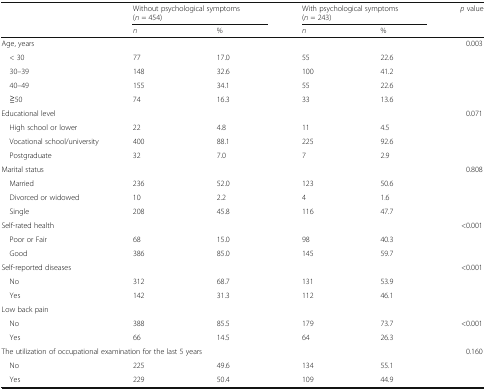
<table><thead><tr><td></td><td colspan="2"><b>Without psychological symptoms(<i>n</i> = 454)</b></td><td colspan="2"><b>With psychological symptoms(<i>n</i> = 243)</b></td><td><b><i>p</i> value</b></td></tr><tr><td></td><td><b><i>n</i></b></td><td><b>%</b></td><td><b><i>n</i></b></td><td><b>%</b></td><td></td></tr></thead><tbody><tr><td colspan="5">Age, years</td><td>0.003</td></tr><tr><td> &lt; 30</td><td>77</td><td>17.0</td><td>55</td><td>22.6</td><td></td></tr><tr><td> 30–39</td><td>148</td><td>32.6</td><td>100</td><td>41.2</td><td></td></tr><tr><td> 40–49</td><td>155</td><td>34.1</td><td>55</td><td>22.6</td><td></td></tr><tr><td> ≧50</td><td>74</td><td>16.3</td><td>33</td><td>13.6</td><td></td></tr><tr><td colspan="5">Educational level</td><td>0.071</td></tr><tr><td> High school or lower</td><td>22</td><td>4.8</td><td>11</td><td>4.5</td><td></td></tr><tr><td> Vocational school/university</td><td>400</td><td>88.1</td><td>225</td><td>92.6</td><td></td></tr><tr><td> Postgraduate</td><td>32</td><td>7.0</td><td>7</td><td>2.9</td><td></td></tr><tr><td colspan="5">Marital status</td><td>0.808</td></tr><tr><td> Married</td><td>236</td><td>52.0</td><td>123</td><td>50.6</td><td></td></tr><tr><td> Divorced or widowed</td><td>10</td><td>2.2</td><td>4</td><td>1.6</td><td></td></tr><tr><td> Single</td><td>208</td><td>45.8</td><td>116</td><td>47.7</td><td></td></tr><tr><td colspan="5">Self-rated health</td><td>&lt;0.001</td></tr><tr><td> Poor or Fair</td><td>68</td><td>15.0</td><td>98</td><td>40.3</td><td></td></tr><tr><td> Good</td><td>386</td><td>85.0</td><td>145</td><td>59.7</td><td></td></tr><tr><td colspan="5">Self-reported diseases</td><td>&lt;0.001</td></tr><tr><td> No</td><td>312</td><td>68.7</td><td>131</td><td>53.9</td><td></td></tr><tr><td> Yes</td><td>142</td><td>31.3</td><td>112</td><td>46.1</td><td></td></tr><tr><td colspan="6">Low back pain</td></tr><tr><td> No</td><td>388</td><td>85.5</td><td>179</td><td>73.7</td><td>&lt;0.001</td></tr><tr><td> Yes</td><td>66</td><td>14.5</td><td>64</td><td>26.3</td><td></td></tr><tr><td colspan="5">The utilization of occupational examination for the last 5 years</td><td>0.160</td></tr><tr><td> No</td><td>225</td><td>49.6</td><td>134</td><td>55.1</td><td></td></tr><tr><td> Yes</td><td>229</td><td>50.4</td><td>109</td><td>44.9</td><td></td></tr></tbody></table>